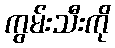
ကွမ်းသီးကို